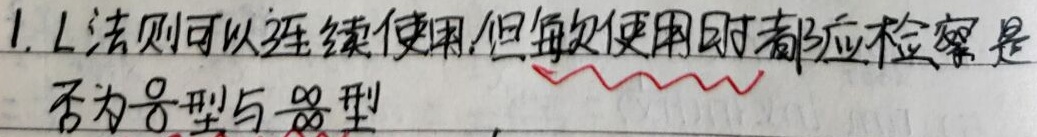
1. L法则可以连续使用,但每次使用时都应检察是否为$\frac{0}{0}$型与$\frac{\infty}{\infty}$型